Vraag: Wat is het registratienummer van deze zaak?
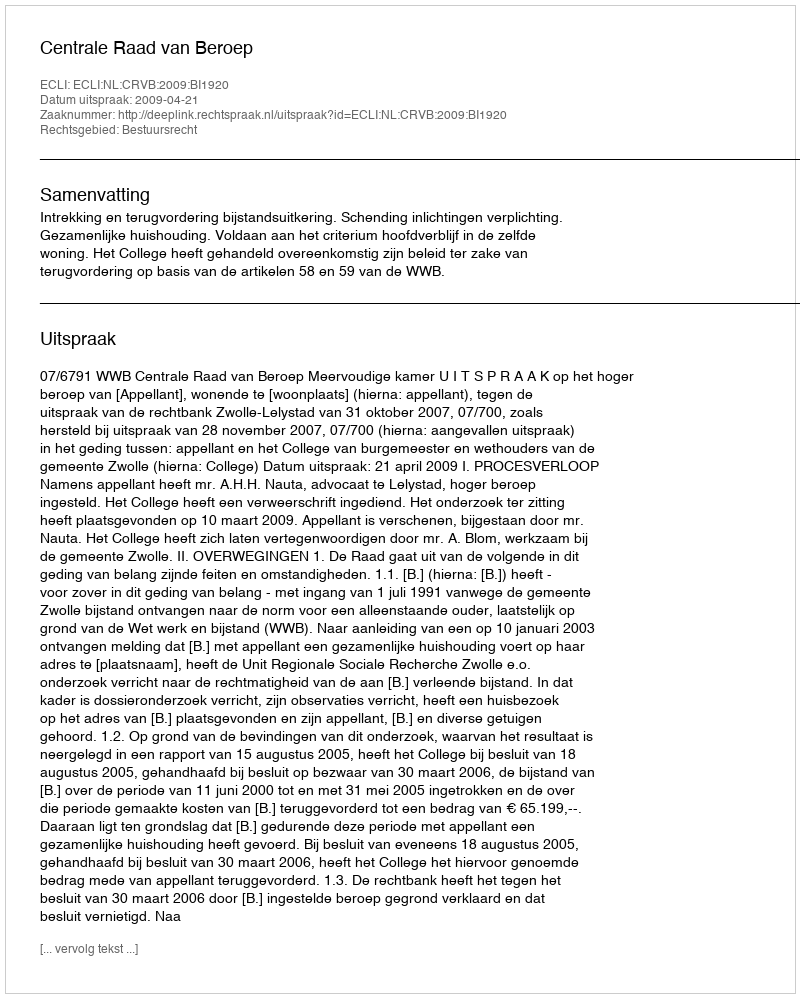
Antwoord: http://deeplink.rechtspraak.nl/uitspraak?id=ECLI:NL:CRVB:2009:BI1920